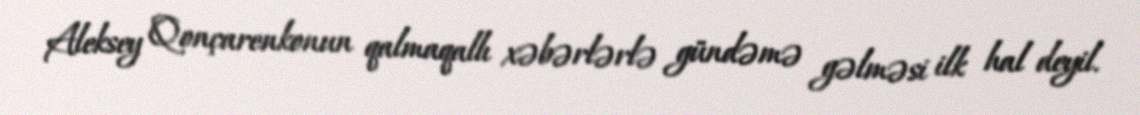
Aleksey Qonçarenkonun qalmaqallı xəbərlərlə gündəmə gəlməsi ilk hal deyil.